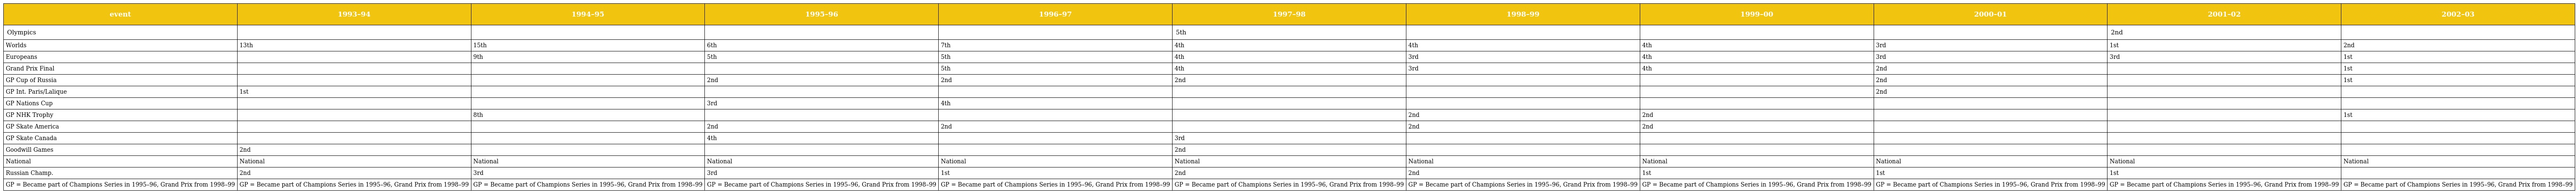
| event | 1993–94 | 1994–95 | 1995–96 | 1996–97 | 1997–98 | 1998–99 | 1999–00 | 2000–01 | 2001–02 | 2002–03 |
 | --- | --- | --- | --- | --- | --- | --- | --- | --- | --- | --- |
 | Olympics |  |  |  |  | 5th |  |  |  | 2nd |  |
 | Worlds | 13th | 15th | 6th | 7th | 4th | 4th | 4th | 3rd | 1st | 2nd |
 | Europeans |  | 9th | 5th | 5th | 4th | 3rd | 4th | 3rd | 3rd | 1st |
 | Grand Prix Final |  |  |  | 5th | 4th | 3rd | 4th | 2nd |  | 1st |
 | GP Cup of Russia |  |  | 2nd | 2nd | 2nd |  |  | 2nd |  | 1st |
 | GP Int. Paris/Lalique | 1st |  |  |  |  |  |  | 2nd |  |  |
 | GP Nations Cup |  |  | 3rd | 4th |  |  |  |  |  |  |
 | GP NHK Trophy |  | 8th |  |  |  | 2nd | 2nd |  |  | 1st |
 | GP Skate America |  |  | 2nd | 2nd |  | 2nd | 2nd |  |  |  |
 | GP Skate Canada |  |  | 4th |  | 3rd |  |  |  |  |  |
 | Goodwill Games | 2nd |  |  |  | 2nd |  |  |  |  |  |
 | National | National | National | National | National | National | National | National | National | National | National |
 | Russian Champ. | 2nd | 3rd | 3rd | 1st | 2nd | 2nd | 1st | 1st | 1st |  |
 | GP = Became part of Champions Series in 1995–96, Grand Prix from 1998–99 | GP = Became part of Champions Series in 1995–96, Grand Prix from 1998–99 | GP = Became part of Champions Series in 1995–96, Grand Prix from 1998–99 | GP = Became part of Champions Series in 1995–96, Grand Prix from 1998–99 | GP = Became part of Champions Series in 1995–96, Grand Prix from 1998–99 | GP = Became part of Champions Series in 1995–96, Grand Prix from 1998–99 | GP = Became part of Champions Series in 1995–96, Grand Prix from 1998–99 | GP = Became part of Champions Series in 1995–96, Grand Prix from 1998–99 | GP = Became part of Champions Series in 1995–96, Grand Prix from 1998–99 | GP = Became part of Champions Series in 1995–96, Grand Prix from 1998–99 | GP = Became part of Champions Series in 1995–96, Grand Prix from 1998–99 |